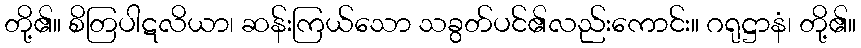
တို့၏။ စိတြပါဋလိယာ၊ ဆန်းကြယ်သော သခွတ်ပင်၏လည်းကောင်း။ ဂရုဋ္ဌာနံ၊ တို့၏။